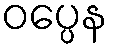
ဝပ္ပေန